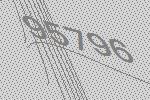
95796